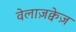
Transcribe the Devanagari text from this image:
वेलाज़क्वेज़